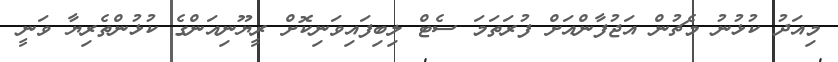
މިއަދު ކުޅުނު މެޗުން އަޖުފާންއަށް ފުރަތަމަ ސެޓް ލިބިފައިވަނިކޮށް ރީޔޫނިއަންގެ ކުޅުންތެރިޔާ ވަނީ